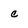
Character: c